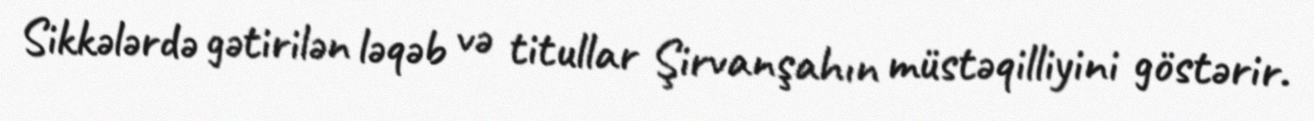
Sikkələrdə gətirilən ləqəb və titullar Şirvanşahın müstəqilliyini göstərir.